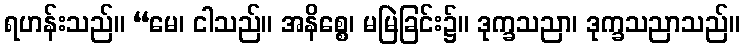
ရဟန်းသည်။ “မေ၊ ငါသည်။ အနိစ္စေ၊ မမြဲခြင်း၌။ ဒုက္ခသညာ၊ ဒုက္ခသညာသည်။